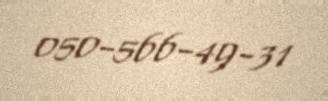
050-566-49-31